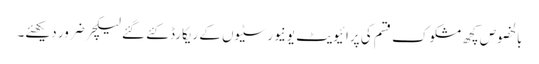
بالخصوص کچھ مشکوک قسم کی پرائیویٹ یونیورسٹیوں کے ریکارڈ کئے گئے لیکچر ضرور دیکھئے۔